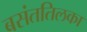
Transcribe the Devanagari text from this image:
बसंततिलका